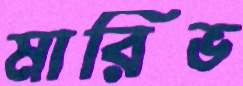
মারিভ